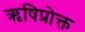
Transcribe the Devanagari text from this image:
ऋषिप्रोक्त